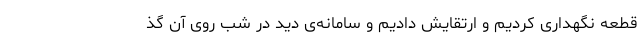
قطعه نگهداری کردیم و ارتقایش دادیم و سامانه‌ی دید در شب روی آن گذ